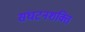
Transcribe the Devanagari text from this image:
संघटनशक्ति